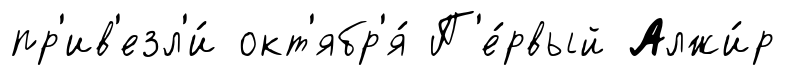
пр'ив'езл'и́ окт'ябр'я́ П'е́рвый Алжи́р